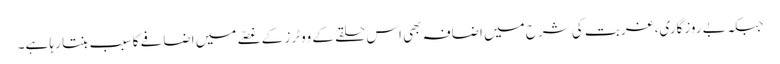
جبکہ بے روزگاری،غربت کی شرح میں اضافہ بھی اس حلقے کے ووٹرز کے غصّے میں اضافے کا سبب بنتا رہا ہے۔